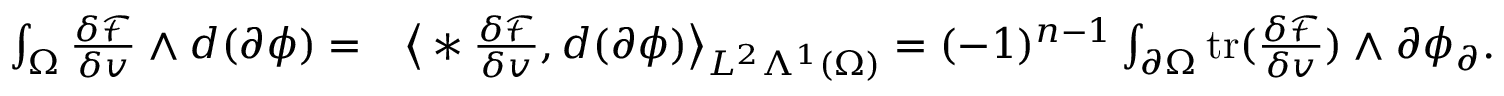
\begin{array} { r l } { \int _ { \Omega } \frac { \delta \mathcal { F } } { \delta v } \wedge d ( \partial \phi ) = } & { \big \langle \ast \frac { \delta \mathcal { F } } { \delta v } , d ( \partial \phi ) \big \rangle _ { L ^ { 2 } \Lambda ^ { 1 } ( \Omega ) } = ( - 1 ) ^ { n - 1 } \int _ { \partial \Omega } \mathrm { t r } ( \frac { \delta \mathcal { F } } { \delta v } ) \wedge \partial \phi _ { \partial } . } \end{array}